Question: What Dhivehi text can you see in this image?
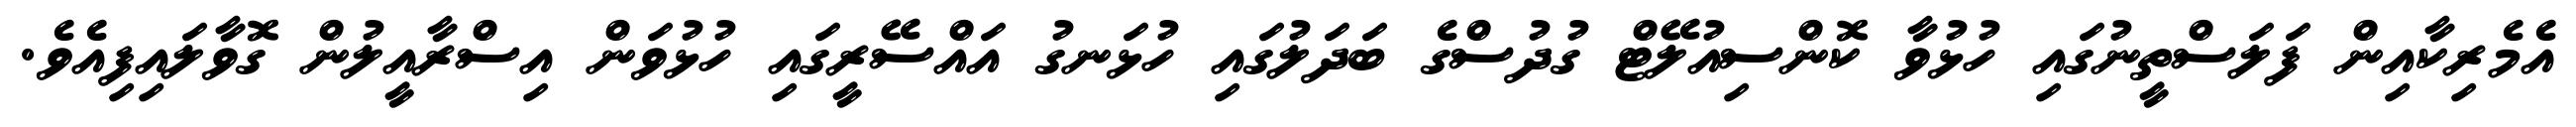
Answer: އެމެރިކާއިން ފަލަސްތީނުގައި ހުޅުވާ ކޮންސިއުލޭޓް ގުދުސްގެ ބަދަލުގައި ހުޅަނގު އައްސޭރީގައި ހުޅުވަން އިސްރާއީލުން ގޮވާލައިފިއެވެ.